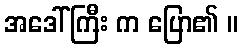
အဒေါ်ကြီး က ပြော၏ ။